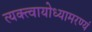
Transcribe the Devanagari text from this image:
त्यक्त्वायोध्यामरण्यं